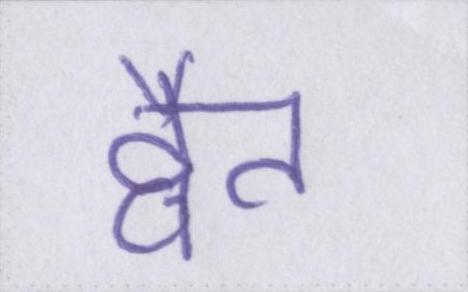
द्वैत